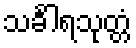
သင်္ခါရသုတ္တံ